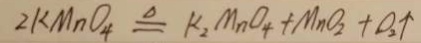
2 K M n O _ { 4 } \xlongequal { \Delta } K _ { 2 } M n O _ { 4 } + M n O _ { 2 } + O _ { 2 } \uparrow